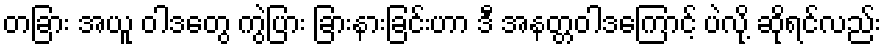
တခြား အယူ ဝါဒတွေ ကွဲပြား ခြားနားခြင်းဟာ ဒီ အနတ္တဝါဒကြောင့် ပဲလို့ ဆိုရင်လည်း